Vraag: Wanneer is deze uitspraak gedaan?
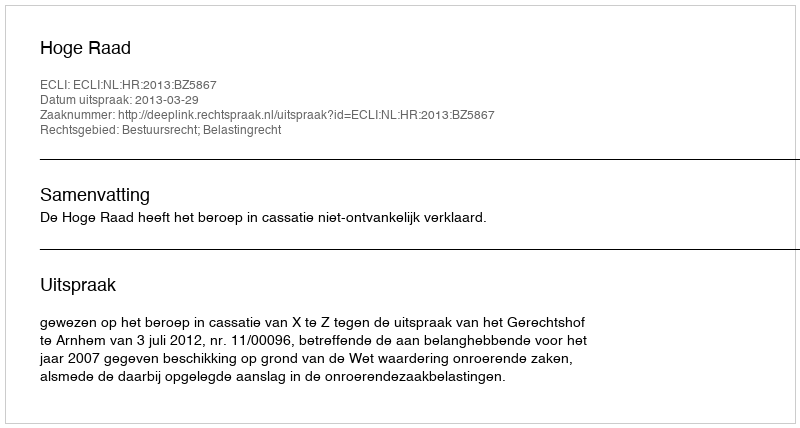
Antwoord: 2013-03-29